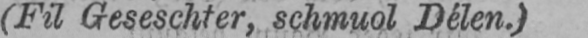
(Fil Geseschter, schmuol Délen.)